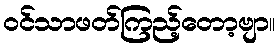
ဝင်သာဖတ်ကြည့်တော့ဗျာ။